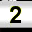
Digit: 2